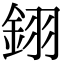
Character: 𨦫